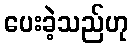
ပေးခဲ့သည်ဟု